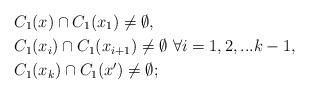
LaTeX: \begin{align*}&C_1(x) \cap C_1(x_1) \neq \emptyset, \\&C_1(x_i) \cap C_1(x_{i+1}) \neq \emptyset \,\,\forall i=1,2,...k-1, \\&C_1(x_k) \cap C_1(x') \neq \emptyset;\end{align*}